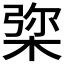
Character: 𣓔